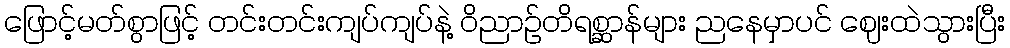
ဖြောင့်မတ်စွာဖြင့် တင်းတင်းကျပ်ကျပ်နဲ့ ဝိညာဉ်တိရစ္ဆာန်များ ညနေမှာပင် ဈေးထဲသွားပြီး